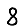
Digit: 8